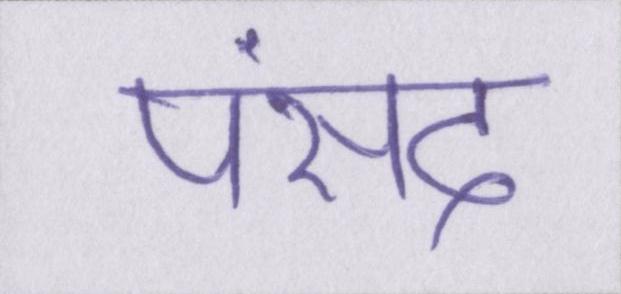
पंसद